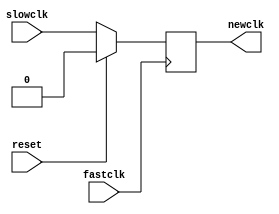
`timescale 1ns / 1ps
//////////////////////////////////////////////////////////////////////////////////
// Company: 
// Engineer: 
// 
// Design Name: 
// Module Name: delay_1
// Project Name: 
// Target Devices: 
// Tool Versions: 
// Description: 
// 
// Dependencies: 
// 
// Revision:
// Revision 0.01 - File Created
// Additional Comments:
// 
//////////////////////////////////////////////////////////////////////////////////


module delay_1(
input wire reset,
input wire fastclk,
input wire slowclk,
output reg newclk=0
    );
    always @(negedge fastclk)
    begin
        if (reset)
        begin
            newclk<=0;
        end
        else
            begin
                newclk<=slowclk;
            end
    end
endmodule